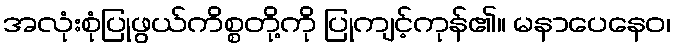
အလုံးစုံပြုဖွယ်ကိစ္စတို့ကို ပြုကျင့်ကုန်၏။ မနာပေနေဝ၊